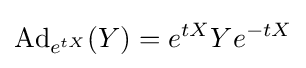
\operatorname {Ad} _{e^{tX}}(Y)=e^{tX}Ye^{-tX}